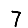
Digit: 7